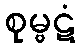
စုမ္ဗဋံ